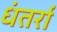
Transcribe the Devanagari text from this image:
धंतर्रा